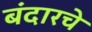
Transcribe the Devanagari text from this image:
बंदारचे